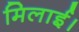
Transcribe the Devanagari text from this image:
मिलाई।